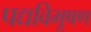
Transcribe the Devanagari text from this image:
पद्यविभूषण